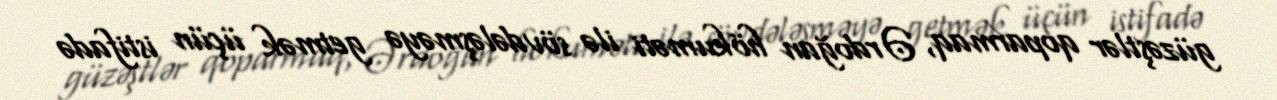
güzəştlər qoparmaq, Ərdoğan hökuməti ilə sövdələşməyə getmək üçün istifadə